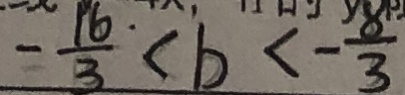
- \frac { 1 6 } { 3 } < b < - \frac { 8 } { 3 }